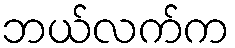
ဘယ်လက်က